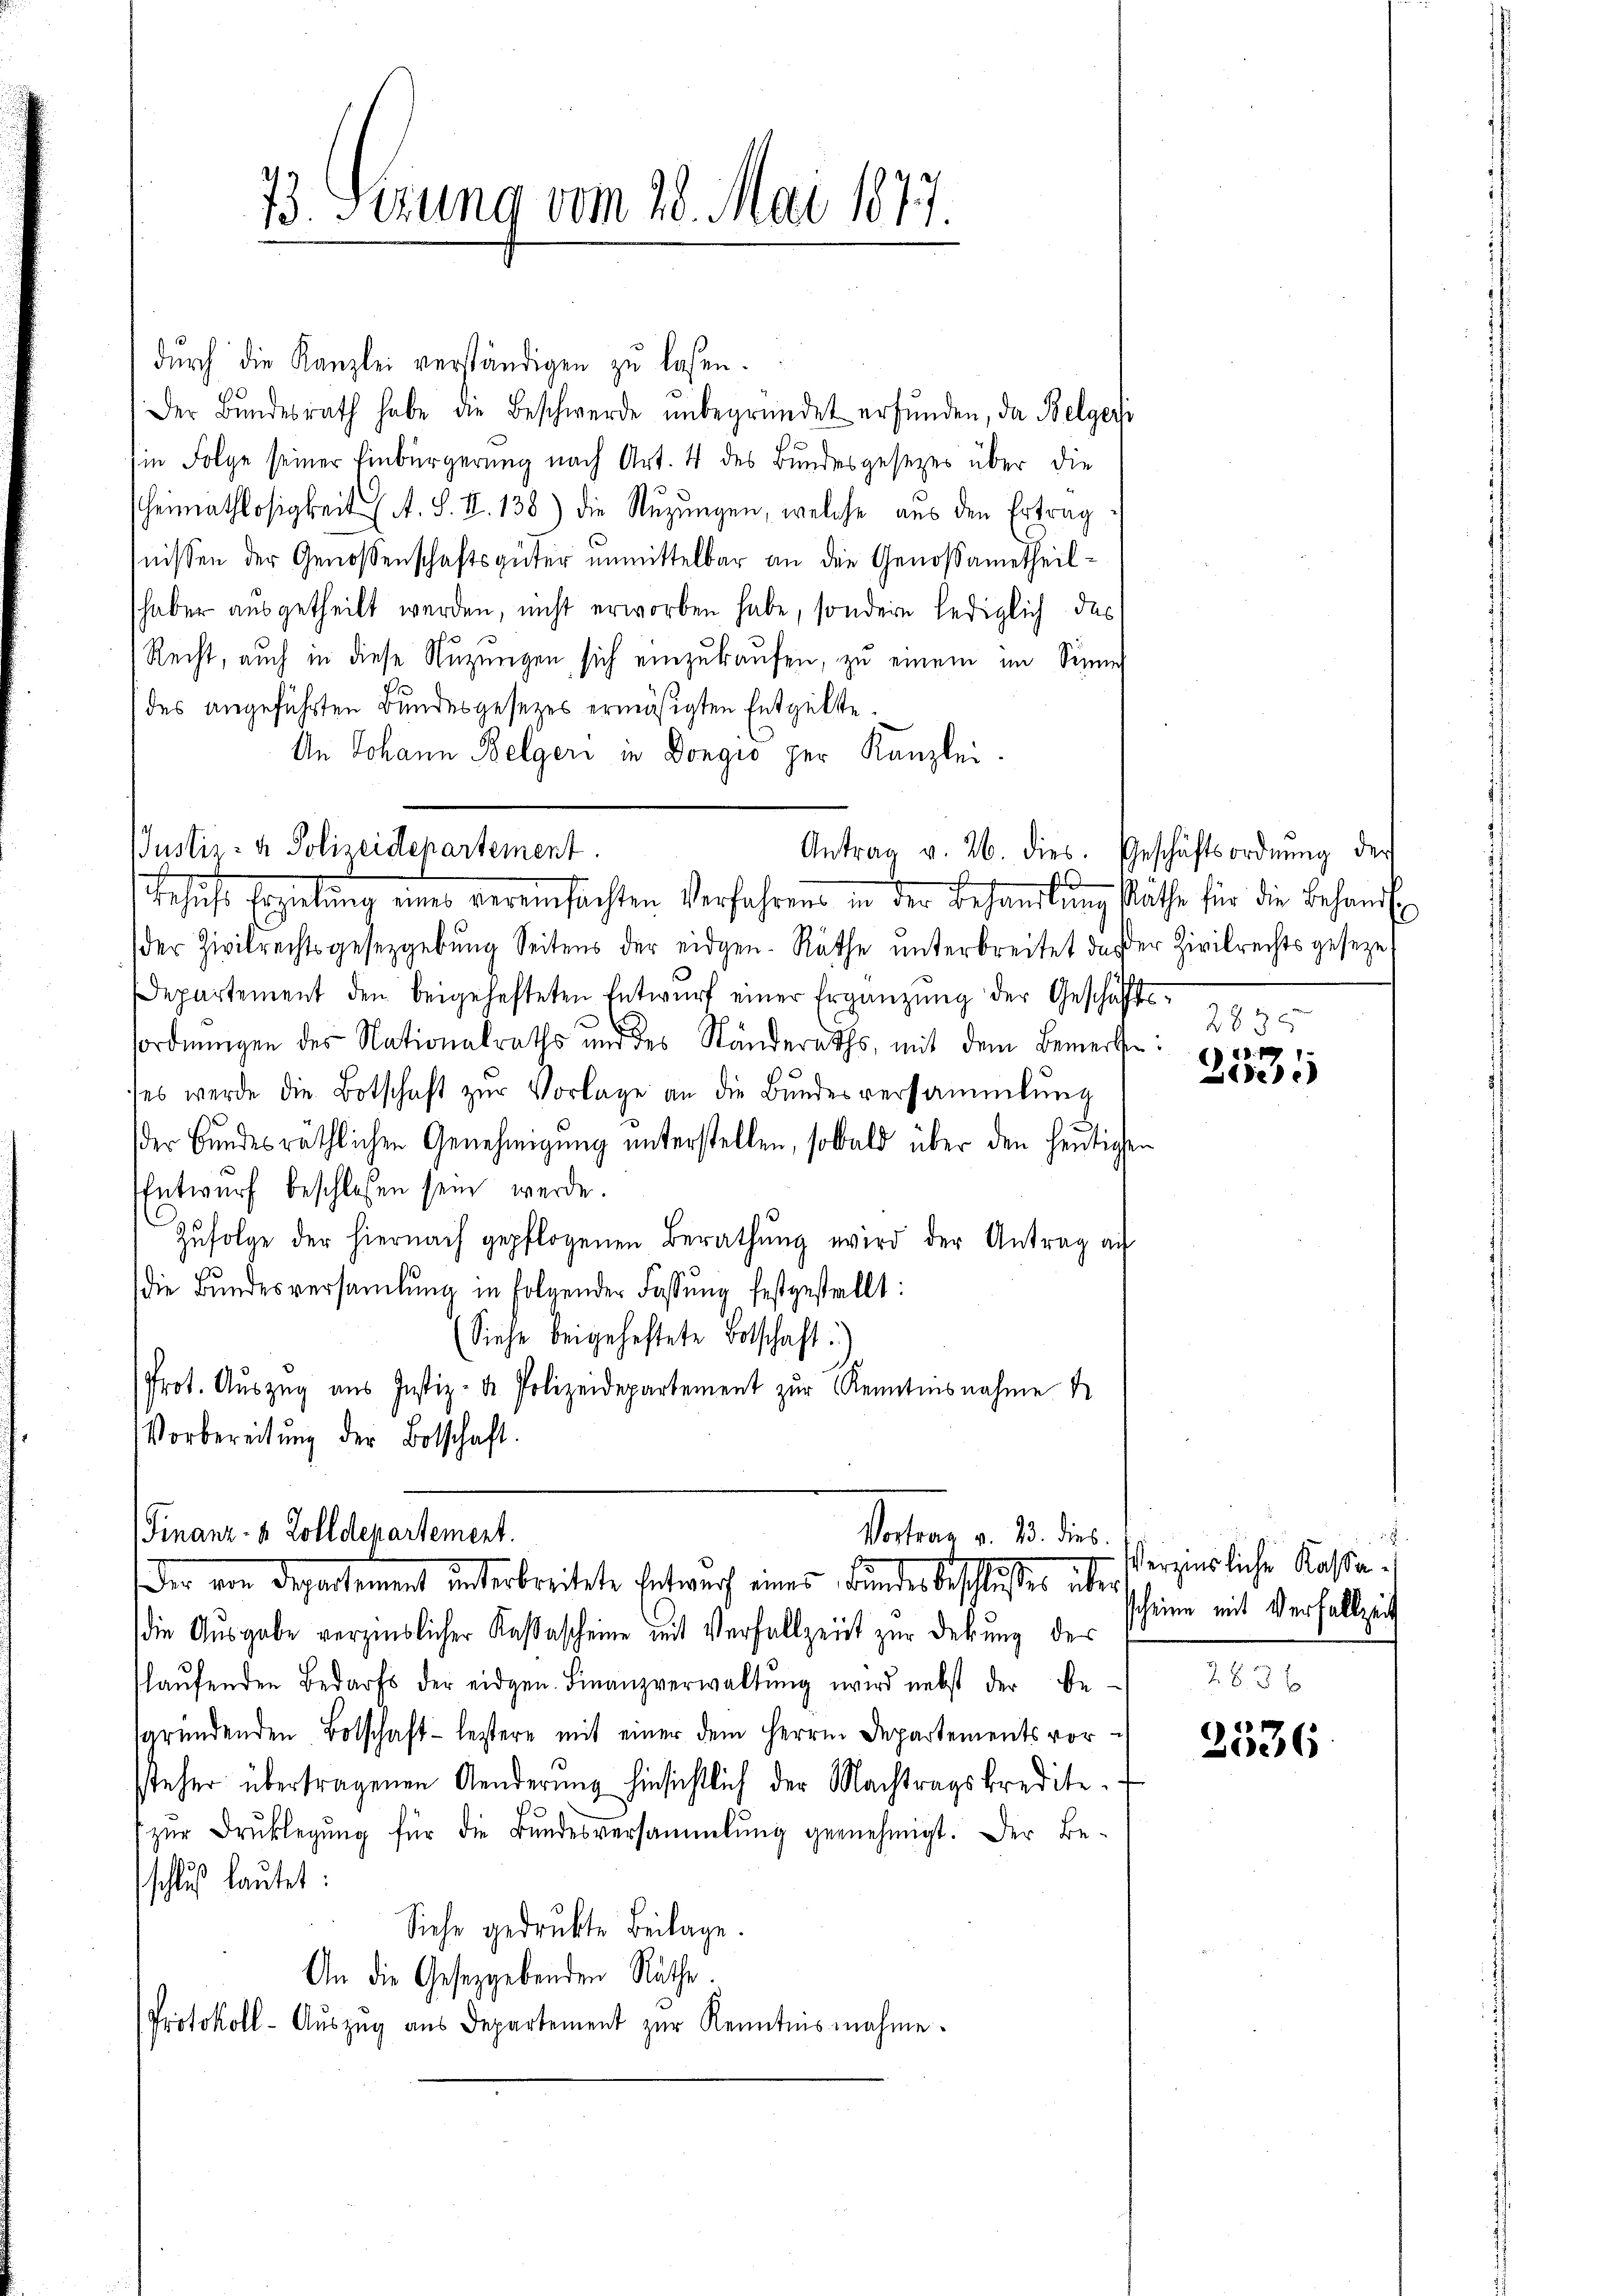
73. Sezung vom 28. Mai 1877.

dŭrch die Kanzlei verständigen zu lasen.
Der Bŭndesrath habe die Beschwerde ŭnbegründet erfŭnden, da Belger
in Folge seiner Einbürgerung nach Art. 4 des Bundesgesezes über die
Heimathlosigkeit A. S. II. 138) die Nutzungen, welche aus den Ertragnissen der Genossenschaftsgüter unmittelbar an die Genoßametheilhaber ausgetheilt werden, nicht erworben habe, sondern lediglich das
Recht, auch in diese Nuzungen sich einzukaufen, zu einem im Sinne
des angeführten Bundesgesetzes ermäßigten Entgelte.
An Johann Belgeri in Dongio per Kanzlei
s
Behŭfs Erzielung eines vereinsachten Verfahrens in der Behandlŭng säthe für die Behandl
der Zivilrechtsgesetzgebŭng Seitens der eidgen. Räthe ŭnterbreitet da der Zivilrechtsgeseze
Departement den beigehefteten Entwŭrf einer Ergänzŭng der Geschäftsordnungen des Nationalraths und des Ständeraths, mit dem Bemerke:
es werde die Botschaft zŭr Vorlage an die Bundesversammlung
.
der Bundesräthlichen Genehmigung unterstellen, sobald über den heutigen
Entwurf beschlossen sein werde.
Zŭfolge der hiernach gepflogenen Berathung wird der Antrag auf
s
die Bundesversamlung in folgender Fassŭng festgestellt:
(Siehe beigeheftete Botschaft)
Prot. Aŭszŭg aŭs Justiz- & Polizeidepartement zŭr Kenntnisnahme
Vorbereitŭng der Botschaft.
(Finanz- & Zolldepartement.
Vortrag v. 13. dies
der Departement unterbreitete Entwurf eines Bundes beschlußes über
die Ausgabe verzinslicher Kastascheine mit Verfallzeit zur Debung des
laŭfenden Bedarfs der eidgen. Finanzverwaltŭng wird nebst der Be-
sgründenden Botschaft leztere mit einer dem Herrn Departements vor-
steher übertragenen Aenderung hinsichtlich der Nachtragskredite.
zŭr Brŭklegŭng für die Bŭndesversammlung gernehmigt. Der Be-
schluß lautet:
Siche gedruckte Beilage.
An die Gesetzgebenden Räthe.
Protokoll-Aŭszŭg ans Departement zŭr Kenntnisnahme.

Justiz- & Polizeidepartement
Antrag v. 26. dies. Geschäftsordnŭng der

2835
1
de).

18
Verzierliche Kassascheine mit Verfallzeit

2536